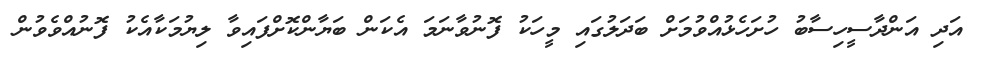
އަދި އަންދާސީހިސާބު ހުށަހެޅުއްވުމަށް ބަދަލުގައި މީހަކު ފޮނުވާނަމަ އެކަން ބަޔާންކޮށްފައިވާ ލިޔުމަކާއެކު ފޮނުއްވެވުން